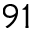
9 1